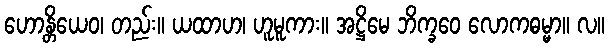
ဟောန္တိယေဝ၊ တည်း။ ယထာဟ၊ ဟူမူကား။ အဋ္ဌိမေ ဘိက္ခဝေ လောကဓမ္မာ။ လ။